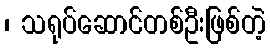
၊ သရုပ်ဆောင်တစ်ဦးဖြစ်တဲ့